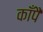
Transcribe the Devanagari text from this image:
काँपै